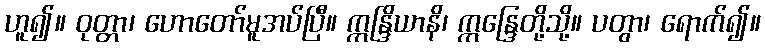
ဟူ၍။ ဝုတ္တာ၊ ဟောတော်မူအပ်ပြီ။ ဣန္ဒြိယာနိ၊ ဣန္ဒြေတို့သို့။ ပတွာ၊ ရောက်၍။